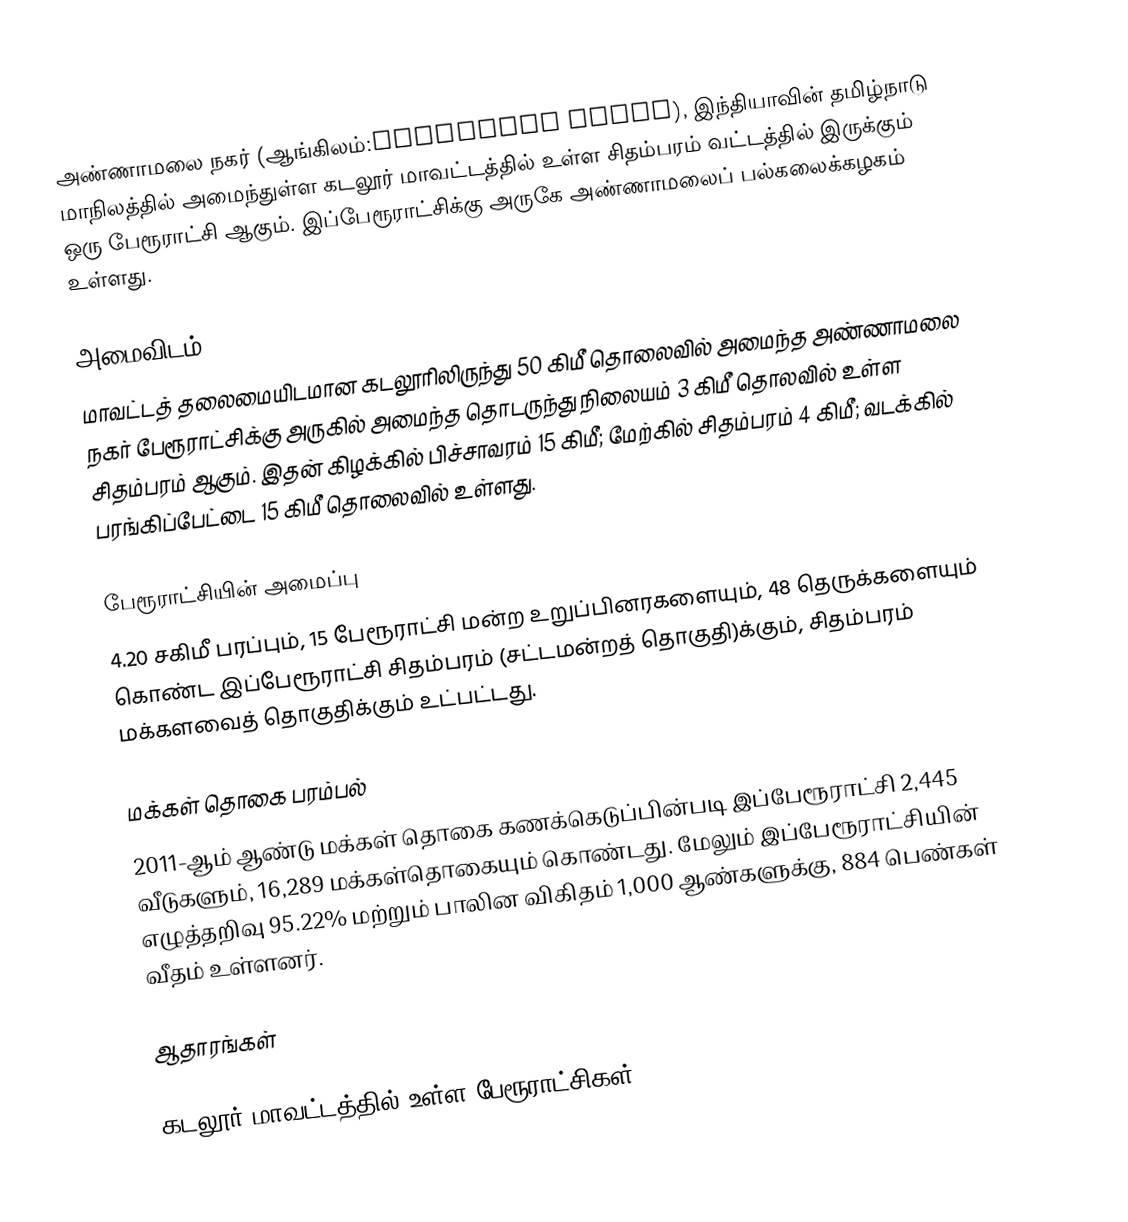
அண்ணாமலை நகர் (ஆங்கிலம்:Annamalai Nagar), இந்தியாவின் தமிழ்நாடு மாநிலத்தில் அமைந்துள்ள கடலூர் மாவட்டத்தில் உள்ள சிதம்பரம் வட்டத்தில் இருக்கும் ஒரு பேரூராட்சி ஆகும். இப்பேரூராட்சிக்கு அருகே அண்ணாமலைப் பல்கலைக்கழகம் உள்ளது.

அமைவிடம்
மாவட்டத் தலைமையிடமான கடலூரிலிருந்து 50 கிமீ தொலைவில் அமைந்த அண்ணாமலை நகர் பேரூராட்சிக்கு அருகில் அமைந்த தொடருந்து நிலையம் 3 கிமீ தொலவில் உள்ள சிதம்பரம் ஆகும். இதன் கிழக்கில் பிச்சாவரம் 15 கிமீ; மேற்கில் சிதம்பரம் 4 கிமீ; வடக்கில் பரங்கிப்பேட்டை 15 கிமீ தொலைவில் உள்ளது.

பேரூராட்சியின் அமைப்பு
4.20 சகிமீ பரப்பும், 15 பேரூராட்சி மன்ற உறுப்பினரகளையும், 48 தெருக்களையும் கொண்ட  இப்பேரூராட்சி சிதம்பரம் (சட்டமன்றத் தொகுதி)க்கும், சிதம்பரம் மக்களவைத் தொகுதிக்கும் உட்பட்டது.

மக்கள் தொகை பரம்பல்
2011-ஆம் ஆண்டு மக்கள் தொகை கணக்கெடுப்பின்படி   இப்பேரூராட்சி 2,445 வீடுகளும், 16,289 மக்கள்தொகையும் கொண்டது. மேலும் இப்பேரூராட்சியின் எழுத்தறிவு 95.22%  மற்றும்  பாலின விகிதம் 1,000 ஆண்களுக்கு, 884  பெண்கள் வீதம் உள்ளனர்.

ஆதாரங்கள்

கடலூர் மாவட்டத்தில் உள்ள பேரூராட்சிகள்